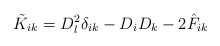
\begin{align*}\tilde{K}_{ik} = D^2_l \delta_{ik} - D_i D_k - 2 \hat{F}_{ik}\end{align*}